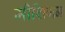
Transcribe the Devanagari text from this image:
मीशिगन